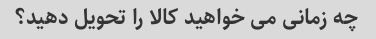
چه زمانی می خواهید کالا را تحویل دهید؟